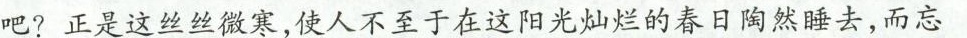
吧?正是这丝丝微寒，使人不至于在这阳光灿烂的春日陶然睡去，而忘